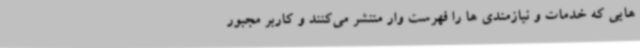
هایی که خدمات و نیازمندی ها را فهرست وار منتشر می‌کنند و کاربر مجبور